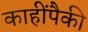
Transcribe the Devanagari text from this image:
काहींपैकी